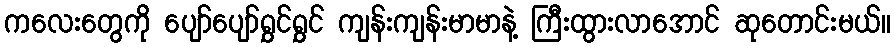
ကလေးတွေကို ပျော်ပျော်ရွှင်ရွှင် ကျန်းကျန်းမာမာနဲ့ ကြီးထွားလာအောင် ဆုတောင်းမယ်။